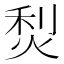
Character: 𤉌